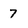
Character: 7